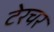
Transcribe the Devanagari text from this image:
टेरचर